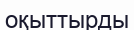
оқыттырды